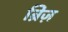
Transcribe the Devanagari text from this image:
ब्रिंज़